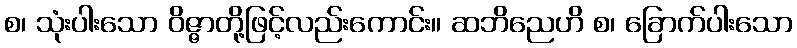
စ၊ သုံးပါးသော ဝိဇ္ဇာတို့ဖြင့်လည်းကောင်း။ ဆဘိညေဟိ စ၊ ခြောက်ပါးသော